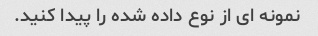
نمونه ای از نوع داده شده را پیدا کنید.